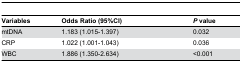
| Variables | Odds Ratio (95%CI) | P value |
 | --- | --- | --- |
 | mtDNA | 1.183 (1.015-1.397) | 0.032 |
 | CRP | 1.022 (1.001-1.043) | 0.036 |
 | WBC | 1.886 (1.350-2.634) | <0.001 |